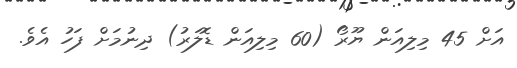
އަށް 45 މިލިއަން ޔޫރޯ (60 މިލިއަން ޑޮލަރު) ދިނުމަށް ފަހު އެވެ.